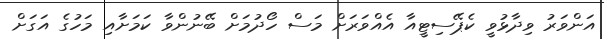
އަންވަރު ވިދާޅުވީ ކެޕޭސިޓީއާ އެއްވަރަށް މަސް ހޯދުމަށް ބޭނުންވާ ކަމަށާއި މަހުގެ އަގަށް